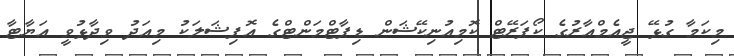
މިކަމާ ގުޅޭ ޖީއެމްއާރުގެ ކޯޕަރޭޓް ކޮމިއުނިކޭޝަން ޑިޕާޓްމަންޓްގެ އޮފިޝަލަކު މިއަދު ވިދާޅުވީ އަޔާޓާ